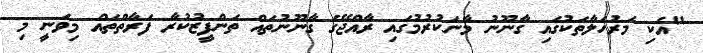
"އެކި މަރުހަލާތަކުގައި ގާނޫނު މާނަކުރުމުގައި ރާއްޖޭގެ ގާނޫނުތައް ތަންފީޒުކުރާ ފަރާތްތައް މިވަނީ މި